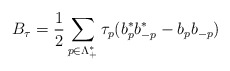
\begin{align*}B_\tau=\frac{1}{2}\sum_{p \in \Lambda_+^*}\tau_p (b^*_p b^*_{-p}-b_p b_{-p})\end{align*}